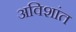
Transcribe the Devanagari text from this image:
अविशांत